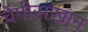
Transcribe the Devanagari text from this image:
चेंगीसखान